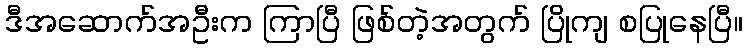
ဒီအဆောက်အဦးက ကြာပြီ ဖြစ်တဲ့အတွက် ပြိုကျ စပြုနေပြီ။